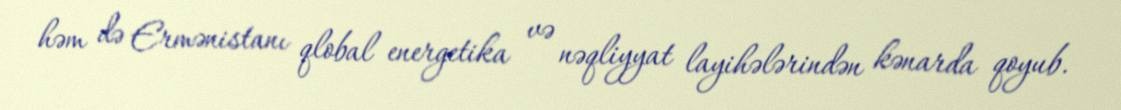
həm də Ermənistanı qlobal energetika və nəqliyyat layihələrindən kənarda qoyub.